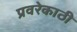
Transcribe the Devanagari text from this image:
प्रवरेकाठी